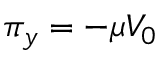
\pi _ { y } = - \mu V _ { 0 }